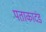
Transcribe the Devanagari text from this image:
पताकादंड